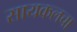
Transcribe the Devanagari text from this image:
सायकलचा